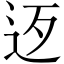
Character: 𨑰